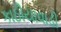
કાઠીયાવાડી